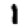
Digit: 1